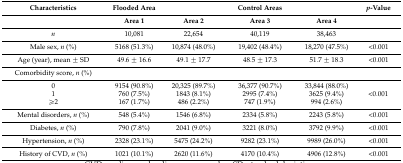
| Characteristics | Flooded Area | <COLSPAN=3> Control Areas | p-Value |
 | --- | --- | --- | --- | --- | --- |
 |  | Area 1 | Area 2 | Area 3 | Area 4 |  |
 | n | 10,081 | 22,654 | 40,119 | 38,463 |  |
 | Male sex, n (%) | 5168 (51.3%) | 10,874 (48.0%) | 19,402 (48.4%) | 18,270 (47.5%) | <0.001 |
 | Age (year), mean ± SD | 49.6 ± 16.6 | 49.1 ± 17.7 | 48.5 ± 17.3 | 51.7 ± 18.3 | <0.001 |
 | Comorbidity score, n (%) |  |  |  |  |  |
 | 0 | 9154 (90.8%) | 20,325 (89.7%) | 36,377 (90.7%) | 33,844 (88.0%) | <ROWSPAN=3> <0.001 |
 | 1 | 760 (7.5%) | 1843 (8.1%) | 2995 (7.4%) | 3625 (9.4%) |
 | ≥2 | 167 (1.7%) | 486 (2.2%) | 747 (1.9%) | 994 (2.6%) |
 | Mental disorders, n (%) | 548 (5.4%) | 1546 (6.8%) | 2334 (5.8%) | 2243 (5.8%) | <0.001 |
 | Diabetes, n (%) | 790 (7.8%) | 2041 (9.0%) | 3221 (8.0%) | 3792 (9.9%) | <0.001 |
 | Hypertension, n (%) | 2328 (23.1%) | 5475 (24.2%) | 9282 (23.1%) | 9989 (26.0%) | <0.001 |
 | History of CVD, n (%) | 1021 (10.1%) | 2620 (11.6%) | 4170 (10.4%) | 4906 (12.8%) | <0.001 |